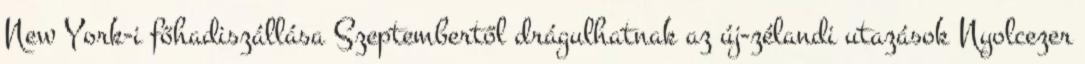
New York-i főhadiszállása Szeptembertől drágulhatnak az új-zélandi utazások Nyolcezer